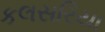
કલસરિયા